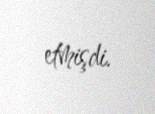
etmişdi.